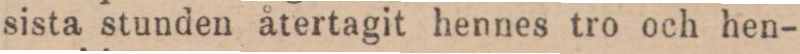
sista stunden återtagit hennes tro och hen-